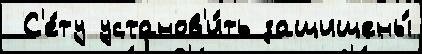
 С'е́ту установ'и́ть защищены́